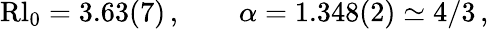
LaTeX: \begin{array}{r}{\mathrm{Rl}_{0}=3.63(7)\, ,\qquad\alpha=1.348(2)\simeq 4/3\, ,}\end{array}